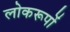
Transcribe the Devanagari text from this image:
लोकरूपों